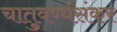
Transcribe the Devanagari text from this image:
चातुवर्ण्यसंकर